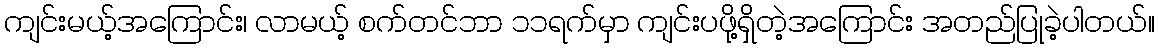
ကျင်းမယ့်အကြောင်း၊ လာမယ့် စက်တင်ဘာ ၁၁ရက်မှာ ကျင်းပဖို့ရှိတဲ့အကြောင်း အတည်ပြုခဲ့ပါတယ်။